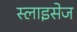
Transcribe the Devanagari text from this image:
स्लाइसेज